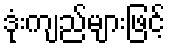
ဒုံးကျည်များဖြင့်